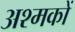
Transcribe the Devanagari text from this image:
अश्मकों